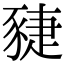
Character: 䝊